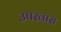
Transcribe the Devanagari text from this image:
उपरवास